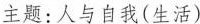
主题: 人与自我(生活)